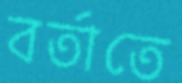
বর্তাতে